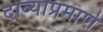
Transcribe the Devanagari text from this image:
दाव्याप्रमाणे